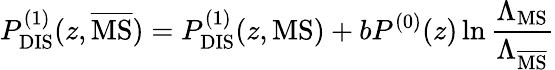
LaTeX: P_{\mathrm{DIS}}^{(1)}(z,\overline{{{\mathrm{MS}}}})=P_{\mathrm{DIS}}^{(1)}(z,\mathrm{MS})+bP^{(0)}(z)\ln\frac{\Lambda_{\mathrm{MS}}}{\Lambda_{\overline{{\mathrm{MS}}}}}